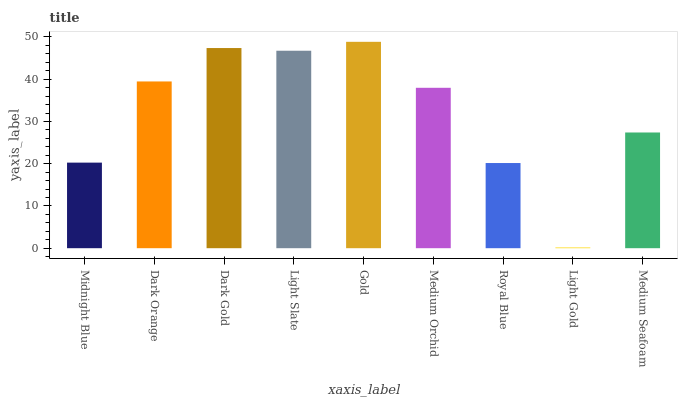
| xaxis_label | bars |
 | --- | --- |
 | Midnight Blue | 20.3 |
 | Dark Orange | 39.5 |
 | Dark Gold | 47.4 |
 | Light Slate | 46.7 |
 | Gold | 48.9 |
 | Medium Orchid | 38 |
 | Royal Blue | 20.2 |
 | Light Gold | 0.167 |
 | Medium Seafoam | 27.4 |